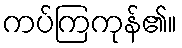
ကပ်ကြကုန်၏။